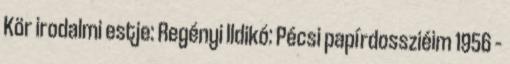
Kör irodalmi estje: Regényi Ildikó: Pécsi papírdossziéim 1956 –